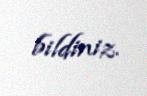
bildiniz.